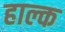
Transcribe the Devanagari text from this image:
हाल्क